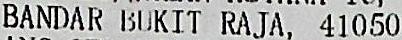
BANDAR BUKIT RAJA, 41050